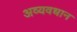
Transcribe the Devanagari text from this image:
अव्यवधान